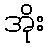
အိုး